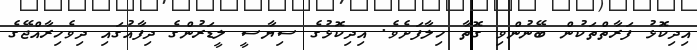
އިދިކޮޅު ފަރާތްތަކުން ބޭނުންވި ގޮތާ ހިލާފަށެވެ. އިދިކޮޅުގެ ސިޔާސީ ލީޑަރުންގެ ދިފާއުގައި ދިވެހިރާއްޖޭގެ